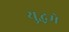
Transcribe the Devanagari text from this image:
युद्धमे